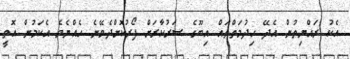
އެކު ރައްޔިތުން އެދޭ ހިދުމަތްތައް އިބޫގެ ސަރުކާރަށް ފޯރުކޮށްދެވޭނެ ހެއްޔެވެ އެކަމުން އޮތީ